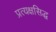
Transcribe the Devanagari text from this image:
प्रत्यक्षसिद्ध